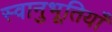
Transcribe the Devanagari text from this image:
स्वानुभूतियाँ